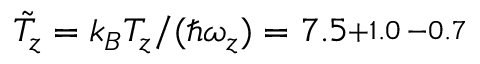
\tilde { T } _ { z } = k _ { B } T _ { z } / ( \hbar \omega _ { z } ) = 7 . 5 \substack { + 1 . 0 \, - 0 . 7 }